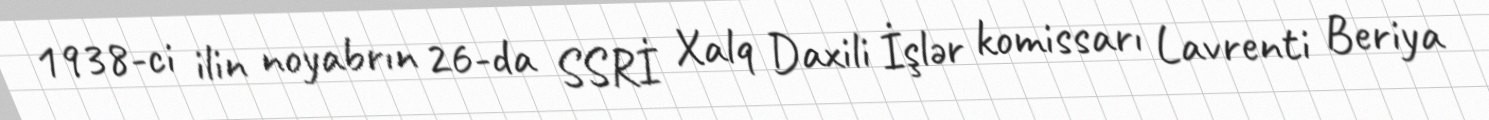
1938-ci ilin noyabrın 26-da SSRİ Xalq Daxili İşlər komissarı Lavrenti Beriya